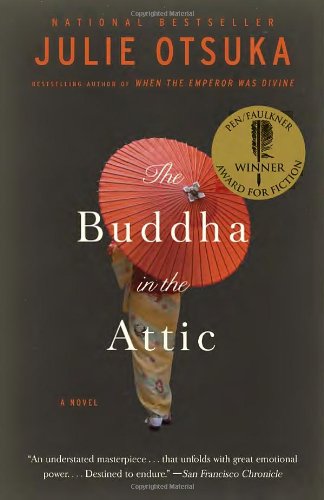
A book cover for The Buddha in the Attic (Pen/Faulkner Award - Fiction); Julie Otsuka; Literature & Fiction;